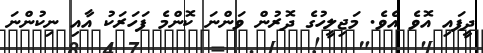
ދީފައި އޮވެ އެވެ. މަޖިލީހުގެ ދޮރުން ވަންނަ ކޮންމެ ފަހަރަކު އާއި ނިކުންނަ